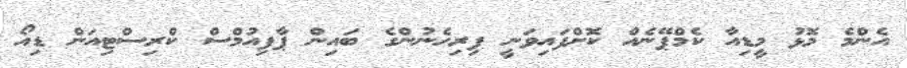
އެންމެ މޮޅު މީޑިއާ ކެމްޕޭނެއް ކޮށްފައިވަނީ ފިރިހެނުންގެ ބައިން ޕާފިއުމްސް ކްރިސްޓިއަން ޑިއޯ